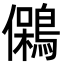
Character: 䳰